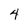
Character: 4